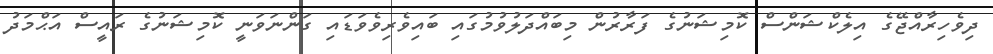
ދިވެހިރާއްޖޭގެ އިލެކްޝަންސް ކޮމިޝަނުގެ ފަރާރުން މިބައްދަލުވުމުގައި ބައިވެރިވެވަޑައި ގަންނަވަނީ ކޮމިޝަނުގެ ރައީސް އަޙްމަދު